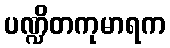
ပဏ္ဍိတကုမာရက